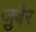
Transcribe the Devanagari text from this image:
जु़बैर